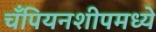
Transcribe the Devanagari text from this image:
चँपियनशीपमध्ये